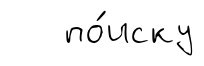
по́иску